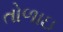
તોળાઇ